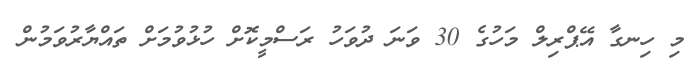
މި ހިނގާ އޭޕްރިލް މަހުގެ 30 ވަނަ ދުވަހު ރަސްމީކޮށް ހުޅުވުމަށް ތައްޔާރުވަމުން